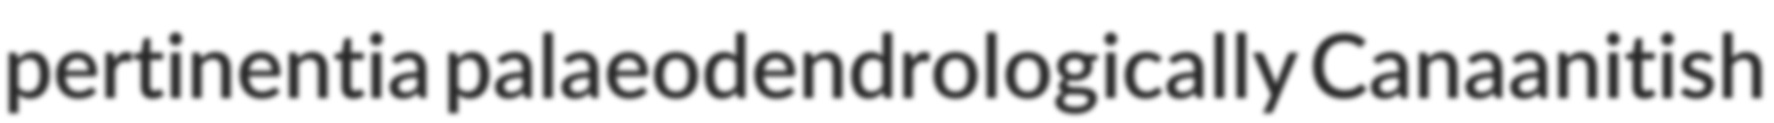
pertinentia palaeodendrologically Canaanitish